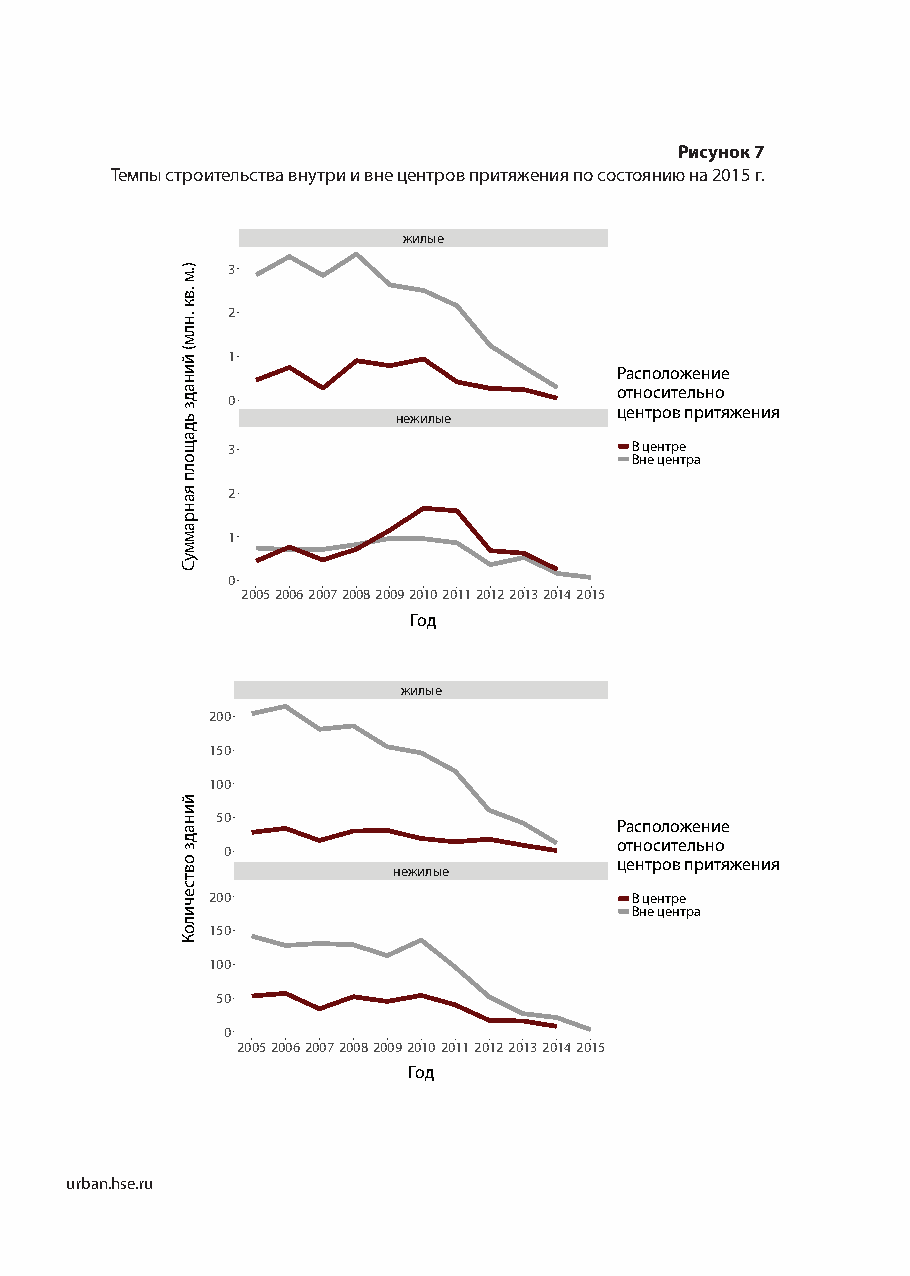
Рисунок 7
 Темпы строительства внутри и вне центров притяжения по состоянию на 2015 г.
 жилые
 3
 2
 1
 Расположение
 относительно
 0
 центров притяжения
 нежилые
 3                          В центре
 Вне центра
 2
 1
 0
 20052006200720082009201020112012201320142015
 Год
 жилые
 200
 150
 100
 50
 Расположение
 относительно
 0
 центров притяжения
 нежилые
 200                         В центре
 Вне центра
 150
 100
 50
 0
 20052006200720082009201020112012201320142015
 Год
 urban.hse.ru
 ).м
 .вк
 .нлм(
 йинадз
 ьдащолп
 яанраммуС
 йинадз
 овтсечилоК